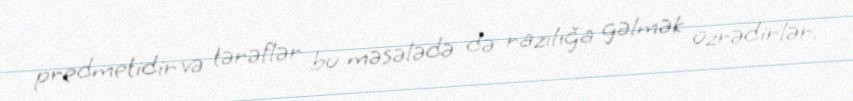
predmetidir və tərəflər bu məsələdə də razılığa gəlmək üzrədirlər.